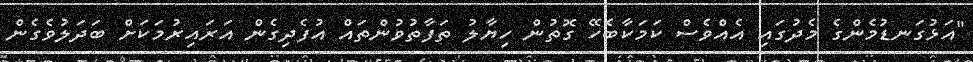
"އަޅުގަނޑުމެންގެ މެދުގައި އެއްވެސް ކަމަކާބެހޭ ގޮތުން ހިޔާލު ތަފާތުވުންތައް އުފެދިގެން އަރައިރުމަކަށް ބަދަލުވެގެން